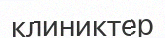
клиниктер